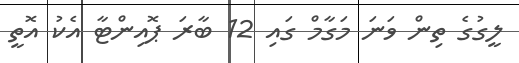
ލީގުގެ ތިން ވަނަ މަގާމް ގައި 12 ބާރަ ޕޮއިންޓާ އެކު އޮތީ